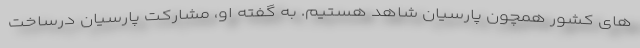
های کشور همچون پارسیان شاهد هستیم. به گفته او، مشارکت پارسیان درساخت